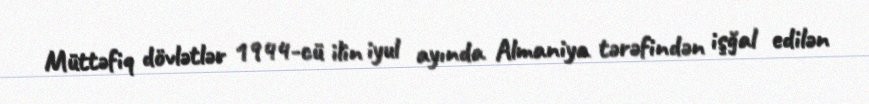
Müttəfiq dövlətlər 1944-cü ilin iyul ayında Almaniya tərəfindən işğal edilən